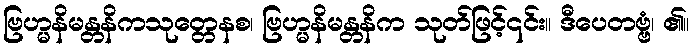
ဗြဟ္မနိမန္တနိကသုတ္တေနစ၊ ဗြဟ္မနိမန္တနိက သုတ်ဖြင့်၎င်း။ ဒီပေတဗ္ဗံ၊ ၏။